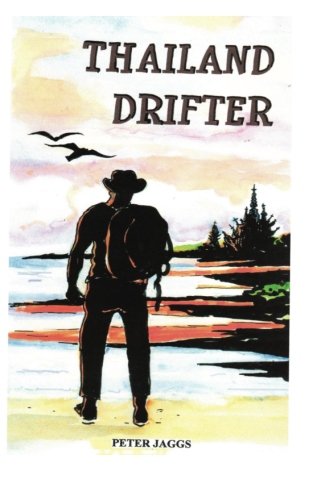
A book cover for Thailand Drifter; Peter Jaggs; Travel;